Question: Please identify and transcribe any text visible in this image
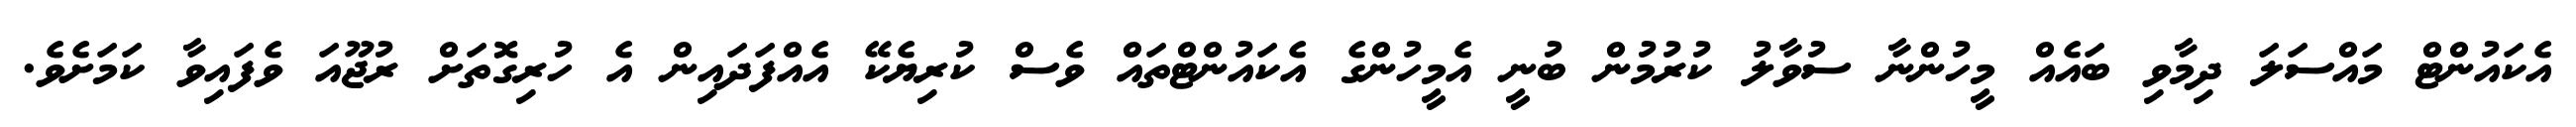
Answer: އެކައުންޓް މައްސަލަ ދިމާވި ބައެއް މީހުންނާ ސުވާލު ކުރުމުން ބުނީ އެމީހުންގެ އެކައުންޓްތައް ވެސް ކުރިޔެކޭ އެއްފަދައިން އެ ހުރިގޮތަށް ރުޖޫއަ ވެފައިވާ ކަމަށެވެ.